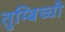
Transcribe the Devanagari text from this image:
तुम्बिच्ची